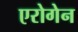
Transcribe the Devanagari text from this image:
एरोगेन